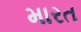
મારત